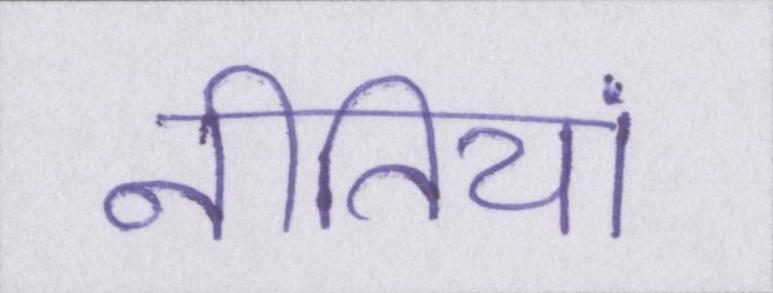
नीतियां